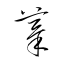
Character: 摸